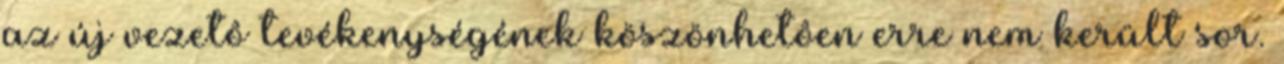
az új vezetô tevékenységének köszönhetôen erre nem került sor.